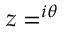
z = ^ { i \theta }